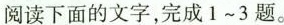
阅读下面的文字，完成1~3题。